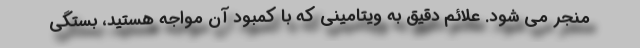
منجر می شود. علائم دقیق به ویتامینی که با کمبود آن مواجه هستید، بستگی